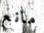
مانع